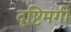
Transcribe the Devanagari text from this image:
दृष्टिमंगी